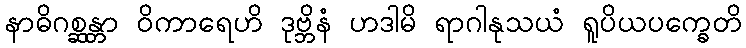
နာဓိဂစ္ဆန္တာ ဝိကာရေဟိ ဒုဗ္ဘိနံ ဟဒါမိ ရာဂါနုသယံ ရူပိယပက္ခေတိ